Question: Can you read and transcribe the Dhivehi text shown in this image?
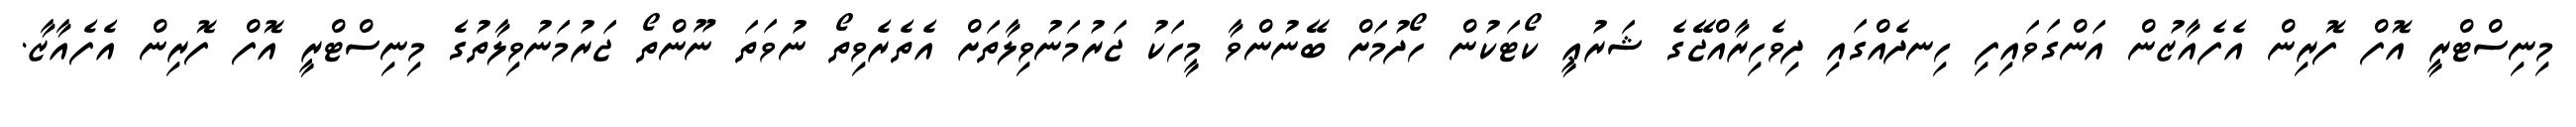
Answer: މިނިސްޓްރީ އޮފް ފޮރިން އެފެއާޒުން އަންގަވައިފި ހިނދެއްގައި ދިވެހިރާއްޖޭގެ ޝަރުޢީ ކޯޓަކުން ހޯދުމަށް ބޭނުންވާ މީހަކު ޖަރުމަނުވިލާތަށް އެތެރެވިތޯ ނުވަތަ ނޫންތޯ ޖަރުމަނުވިލާތުގެ މިނިސްޓްރީ އޮފް ފޮރިން އެފެއާޒާ.